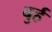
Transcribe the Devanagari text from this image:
बुर्ह